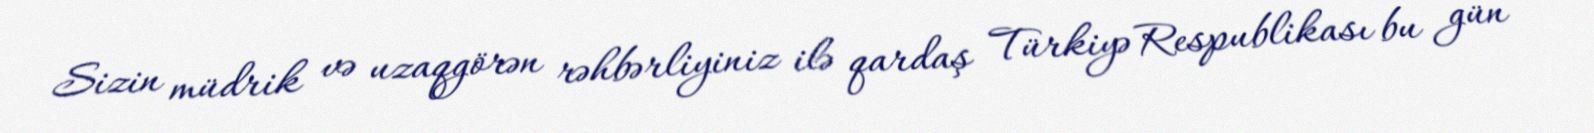
Sizin müdrik və uzaqgörən rəhbərliyiniz ilə qardaş Türkiyə Respublikası bu gün